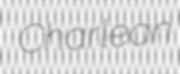
Charlean